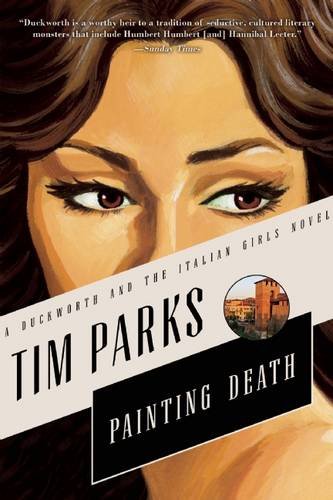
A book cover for Painting Death: A Novel (Duckworth and the Italian Girls); Tim Parks; Humor & Entertainment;